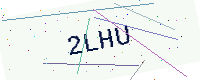
Text: 2LHU